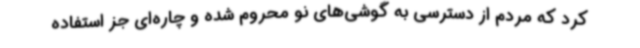
کرد که مردم از دسترسی به گوشی‌های نو محروم شده و چاره‌ای جز استفاده